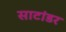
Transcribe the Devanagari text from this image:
साटांडर